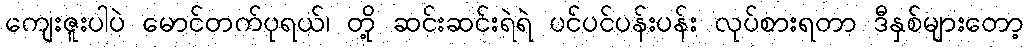
ကျေးဇူးပါပဲ မောင်တက်ပုရယ်၊ တို့ ဆင်းဆင်းရဲရဲ ပင်ပင်ပန်းပန်း လုပ်စားရတာ ဒီနှစ်များတော့